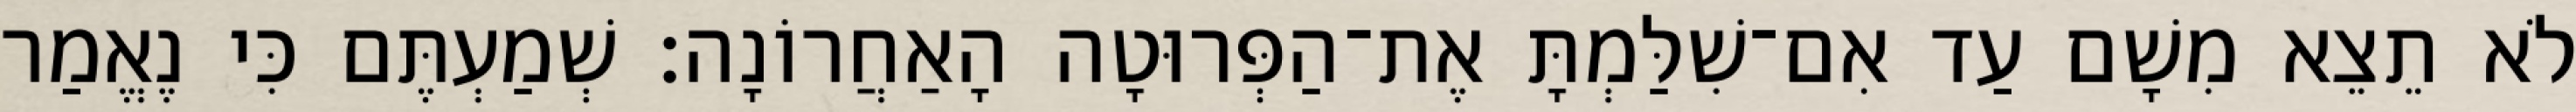
לֹא תֵצֵא מִשָׁם עַד אִם־שִׁלַּמְתָּ אֶת־הַפְּרוּטָה הָאַחֲרוֹנָה׃ שְׁמַעְתֶּם כִּי נֶאֱמַר